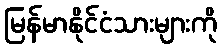
မြန်မာနိုင်ငံသားများကို